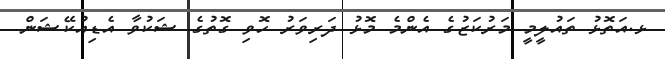
ޅ.އަތޮޅު ތައުލީމީ މަރުކަޒުގެ އެންމެ މޮޅު ދަރިވަރު ހޮވި ގޮތުގެ ޝަކުވާ އެޑިއުކޭޝަން